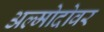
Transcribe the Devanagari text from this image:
अल्मोदोवर